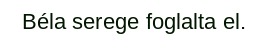
Béla serege foglalta el.